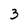
Character: 3